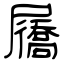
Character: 屩